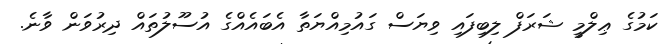
ކަމުގެ ޢިލްމީ ޝަރަފް ލިބިފައި ވިޔަސް ގައުމިއްޔަތާ އެބައެއްގެ އުސޫލުތައް ދިރުވަން ވާނެ.